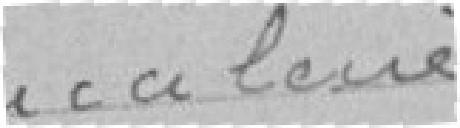
Bocalerie